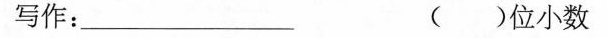
写作：___ ()位小数